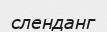
сленданг